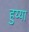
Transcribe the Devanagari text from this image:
हुय्या